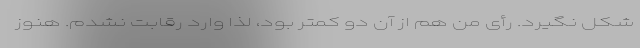
شکل نگیرد. رأی من هم از آن دو کمتر بود، لذا وارد رقابت نشدم. هنوز